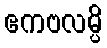
ဧကဗလမ္ပိ